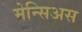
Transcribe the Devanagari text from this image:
मेन्सिअस